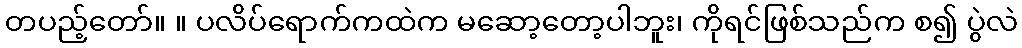
တပည့်တော်။ ။ ပလိပ်ရောက်ကထဲက မဆော့တော့ပါဘူး၊ ကိုရင်ဖြစ်သည်က စ၍ ပွဲလဲ